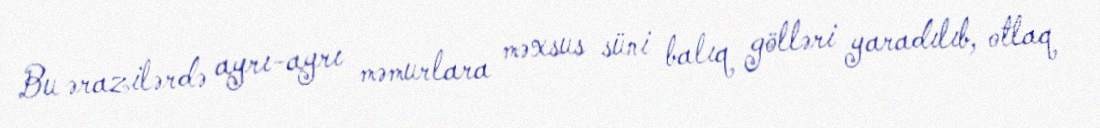
Bu ərazilərdə ayrı-ayrı məmurlara məxsus süni balıq gölləri yaradılıb, otlaq